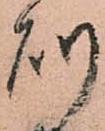
則